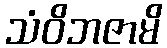
သံဝိဘဇာမိ